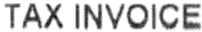
TAX INVOICE